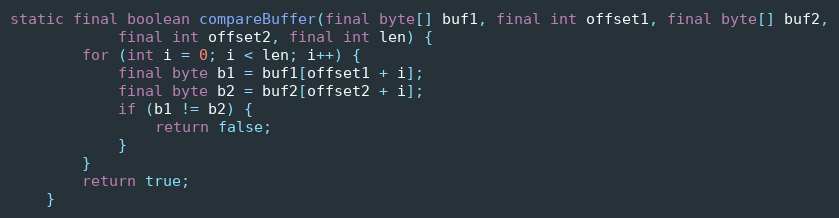
Language: Java
static final boolean compareBuffer(final byte[] buf1, final int offset1, final byte[] buf2,
			final int offset2, final int len) {
		for (int i = 0; i < len; i++) {
			final byte b1 = buf1[offset1 + i];
			final byte b2 = buf2[offset2 + i];
			if (b1 != b2) {
				return false;
			}
		}
		return true;
	}